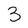
Character: 3